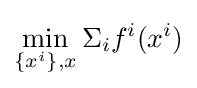
\min _{\{x^{i}\},x}\Sigma _{i}f^{i}(x^{i})